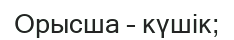
Орысша – күшік;